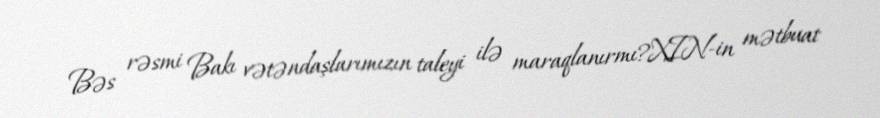
Bəs rəsmi Bakı vətəndaşlarımızın taleyi ilə maraqlanırmı?XIN-in mətbuat